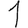
Digit: 1